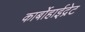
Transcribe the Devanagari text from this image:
कार्बोहाईद्रेट